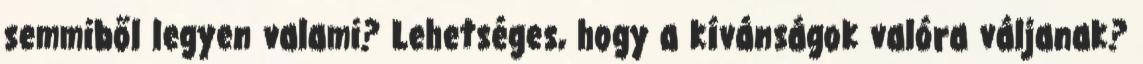
semmiből legyen valami? Lehetséges, hogy a kívánságok valóra váljanak?